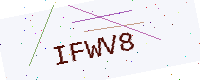
Text: IFWV8